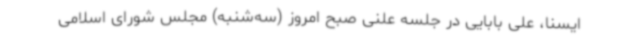
ایسنا، علی بابایی در جلسه علنی صبح امروز (سه‌شنبه) مجلس شورای اسلامی